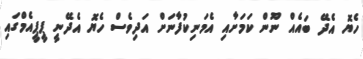
ހެޔޮ އެދޭ ބައެއް ނޫން ކަމަށާއި އެމަނިކުފާނަށް އަދިވެސް ހެޔޮ އެދޭނީ ޕީޕީއެމްގައި